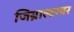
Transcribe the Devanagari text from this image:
जिब्राल्टरवर